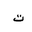
Letter: _ta